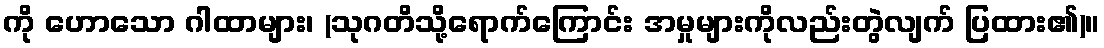
ကို ဟောသော ဂါထာများ၊ (သုဂတိသို့ရောက်ကြောင်း အမှုများကိုလည်းတွဲလျက် ပြထား၏)။